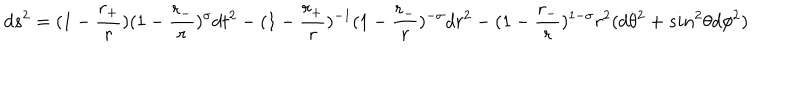
d s ^ { 2 } = ( 1 - \frac { r _ { + } } { r } ) ( 1 - \frac { r _ { - } } { r } ) ^ { \sigma } d t ^ { 2 } - ( 1 - \frac { r _ { + } } { r } ) ^ { - 1 } ( 1 - \frac { r _ { - } } { r } ) ^ { - \sigma } d r ^ { 2 } - ( 1 - \frac { r _ { - } } { r } ) ^ { 1 - \sigma } r ^ { 2 } ( d \theta ^ { 2 } + s i n ^ { 2 } \theta d \phi ^ { 2 } )